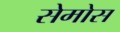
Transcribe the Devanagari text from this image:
सेमोस